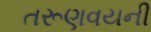
તરૂણવયની